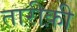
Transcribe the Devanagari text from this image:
तारीक़ी